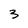
Character: 3